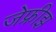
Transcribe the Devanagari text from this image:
जेफ्रीझ